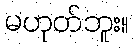
မဟုတ်ဘူး။